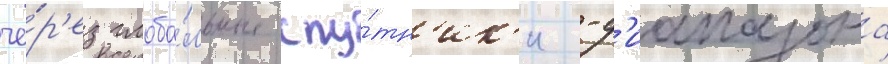
че́р'ез глоба́льные спу́тн'ик'и -д'иапазона